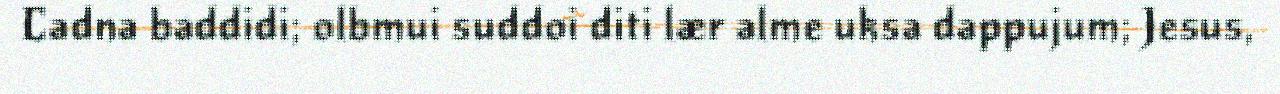
Cadna baddidi; olbmui suddoi diti lær alme uksa dappujum; Jesus,